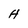
Character: H